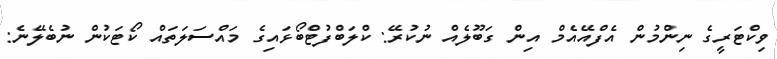
ވިކްޓަރީގެ ނިންމުން އެފްއޭއެމް އިން ގަބޫލެއް ނުކުރޭ: ކްލަބްފުޓްބޯޅައިގެ މައްސަލަތައް ކޯޓަކުން ނުބެލޭނެ: